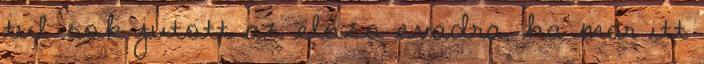
tul sok jutott az elozo evadra, ha mar itt